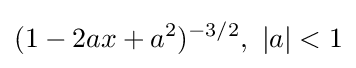
(1-2ax+a^{2})^{-3/2},\ |a|<1